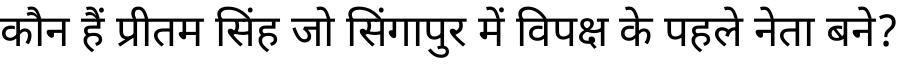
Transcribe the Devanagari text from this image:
कौन हैं प्रीतम सिंह जो सिंगापुर में विपक्ष के पहले नेता बने?